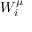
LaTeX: W _ { i } ^ { \mu }